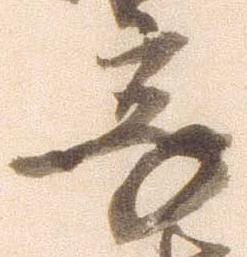
享